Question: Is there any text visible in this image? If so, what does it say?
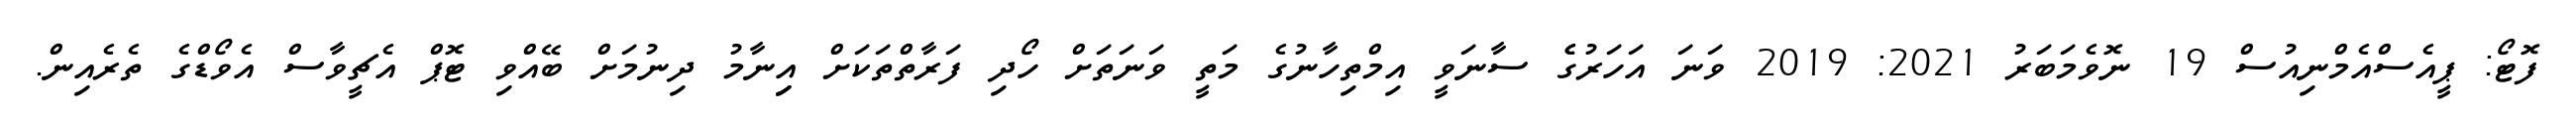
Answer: ފޮޓޯ: ޕީއެސްއެމްނިއުސް 19 ނޮވެމަބަރު 2021: 2019 ވަނަ އަހަރުގެެ ސާނަވީ އިމްތިހާނުގެ މަތީ ވަނަތަށް ހޯދި ފަރާތްތަކަށް އިިނާމު ދިނުމަށް ބޭއްވި ޓޮޕް އެޗީވާސް އެވޯޑްގެ ތެރެއިން.